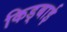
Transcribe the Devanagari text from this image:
किड्बाई